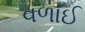
વળાઈ